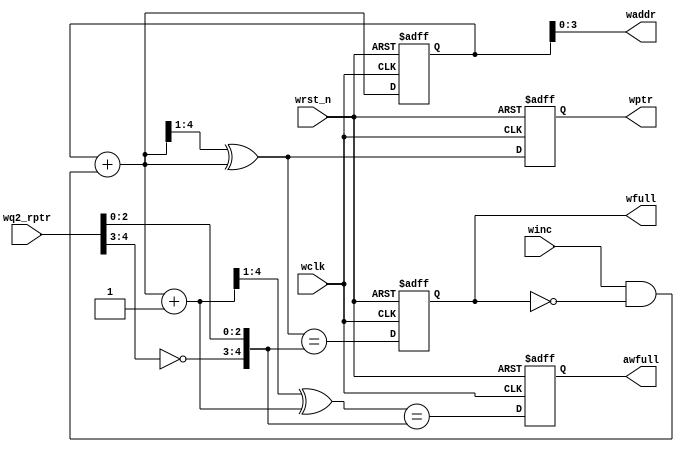
module wptr_full

    #(
    parameter ADDRSIZE = 4
    )(
    input  wire                wclk,
    input  wire                wrst_n,
    input  wire                winc,
    input  wire [ADDRSIZE  :0] wq2_rptr,
    output reg                 wfull,
    output reg                 awfull,
    output wire [ADDRSIZE-1:0] waddr,
    output reg  [ADDRSIZE  :0] wptr
    );

    reg  [ADDRSIZE:0] wbin;
    wire [ADDRSIZE:0] wgraynext, wbinnext, wgraynextp1;
    wire              awfull_val, wfull_val;

    // GRAYSTYLE2 pointer
    always @(posedge wclk or negedge wrst_n) begin

        if (!wrst_n) 
            {wbin, wptr} <= 0;
        else         
            {wbin, wptr} <= {wbinnext, wgraynext};

    end
    
    // Memory write-address pointer (okay to use binary to address memory)
    assign waddr = wbin[ADDRSIZE-1:0];
    assign wbinnext  = wbin + (winc & ~wfull);
    assign wgraynext = (wbinnext >> 1) ^ wbinnext;
    assign wgraynextp1 = ((wbinnext + 1'b1) >> 1) ^ (wbinnext + 1'b1);
    
    //------------------------------------------------------------------ 
    // Simplified version of the three necessary full-tests:
    // assign wfull_val=((wgnext[ADDRSIZE] !=wq2_rptr[ADDRSIZE] ) &&
    //                   (wgnext[ADDRSIZE-1]  !=wq2_rptr[ADDRSIZE-1]) &&
    // (wgnext[ADDRSIZE-2:0]==wq2_rptr[ADDRSIZE-2:0])); 
    //------------------------------------------------------------------
    
     assign wfull_val = (wgraynext == {~wq2_rptr[ADDRSIZE:ADDRSIZE-1],wq2_rptr[ADDRSIZE-2:0]});
     assign awfull_val = (wgraynextp1 == {~wq2_rptr[ADDRSIZE:ADDRSIZE-1],wq2_rptr[ADDRSIZE-2:0]});

     always @(posedge wclk or negedge wrst_n) begin

        if (!wrst_n) begin
            awfull <= 1'b0;
            wfull  <= 1'b0;
        end
        else begin
            awfull <= awfull_val;
            wfull  <= wfull_val;
        end

    end

endmodule